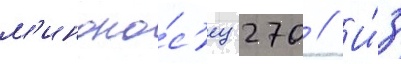
м'иноно́с'ец 270 // И́з